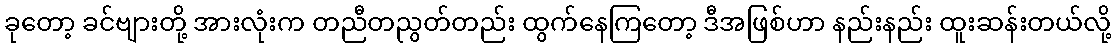
ခုတော့ ခင်ဗျားတို့ အားလုံးက တညီတညွတ်တည်း ထွက်နေကြတော့ ဒီအဖြစ်ဟာ နည်းနည်း ထူးဆန်းတယ်လို့